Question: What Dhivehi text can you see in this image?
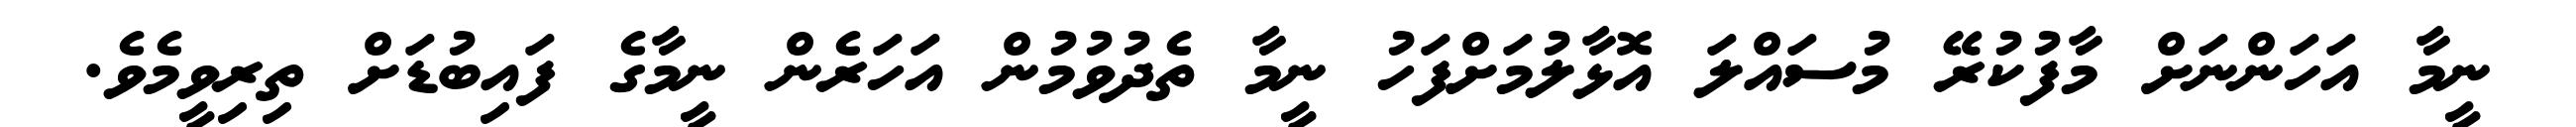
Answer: ނީމާ އަހަންނަށް މާފުކުރޭ މުސައްލަ އޮޅާލުމަށްފަހު ނީމާ ތެދުވުމުން އަހަރެން ނީމާގެ ފައިބުޑަށް ތިރިވީމެވެ.